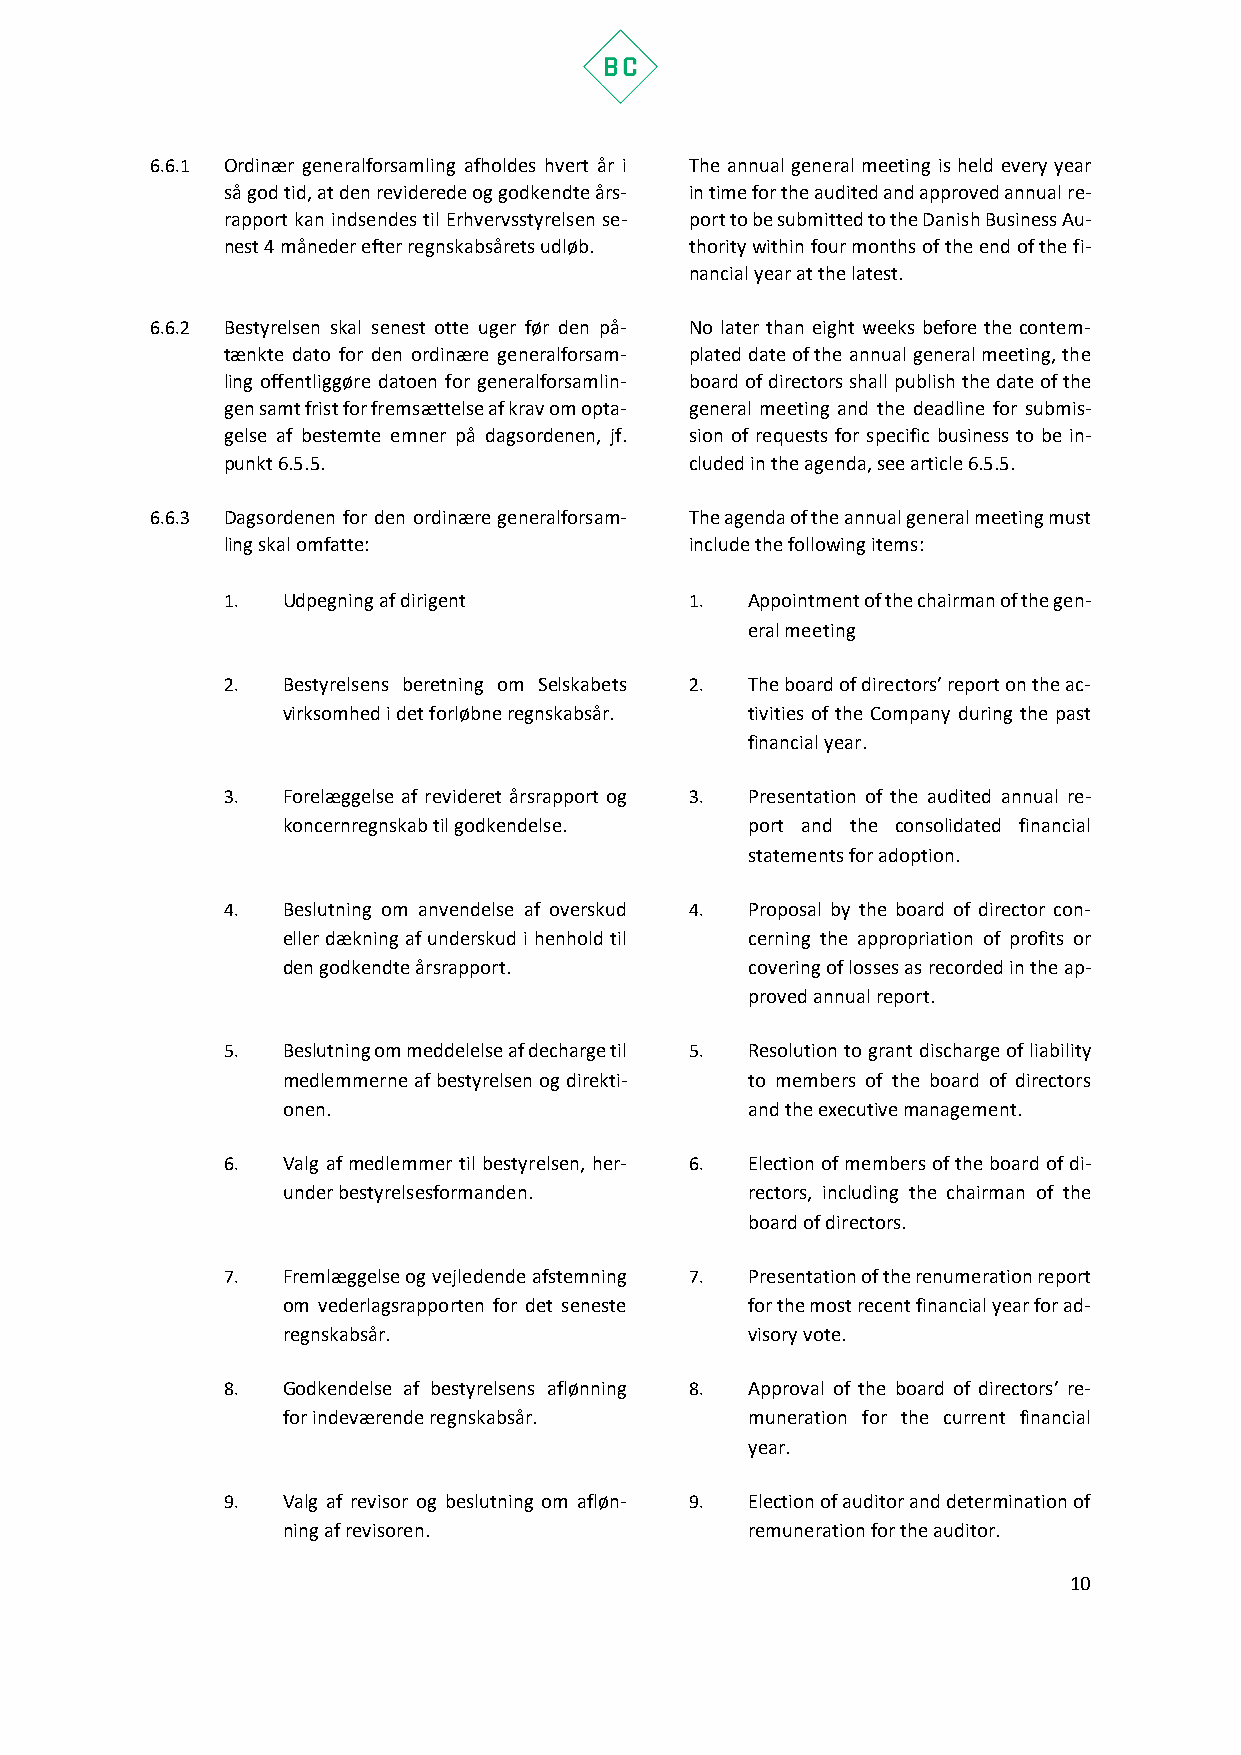
6.6.1 Ordinær generalforsamling afholdes hvert år i The annual general meeting is held every year
 så god tid, at den reviderede og godkendte års- in time for the audited and approved annual re-
 rapport kan indsendes til Erhvervsstyrelsen se- port to be submitted to the Danish Business Au-
 nest 4 måneder efter regnskabsårets udløb. thority within four months of the end of the fi-
 nancial year at the latest.
 6.6.2 Bestyrelsen skal senest otte uger før den på- No later than eight weeks before the contem-
 tænkte dato for den ordinære generalforsam- plated date of the annual general meeting, the
 ling offentliggøre datoen for generalforsamlin- board of directors shall publish the date of the
 gen samt frist for fremsættelse af krav om opta- general meeting and the deadline for submis-
 gelse af bestemte emner på dagsordenen, jf. sion of requests for specific business to be in-
 punkt 6.5.5.                   cluded in the agenda, see article 6.5.5.
 6.6.3 Dagsordenen for den ordinære generalforsam- The agenda of the annual general meeting must
 ling skal omfatte:             include the following items:
 1.  Udpegning af dirigent      1.  Appointment of the chairman of the gen-
 eral meeting
 2.  Bestyrelsens beretning om Selskabets 2. The board of directors’ report on the ac-
 virksomhed i det forløbne regnskabsår. tivities of the Company during the past
 financial year.
 3.  Forelæggelse af revideret årsrapport og 3. Presentation of the audited annual re-
 koncernregnskab til godkendelse. port and the consolidated financial
 statements for adoption.
 4.  Beslutning om anvendelse af overskud 4. Proposal by the board of director con-
 eller dækning af underskud i henhold til cerning the appropriation of profits or
 den godkendte årsrapport.      covering of losses as recorded in the ap-
 proved annual report.
 5.  Beslutning om meddelelse af decharge til 5. Resolution to grant discharge of liability
 medlemmerne af bestyrelsen og direkti- to members of the board of directors
 onen.                          and the executive management.
 6.  Valg af medlemmer til bestyrelsen, her- 6. Election of members of the board of di-
 under bestyrelsesformanden.    rectors, including the chairman of the
 board of directors.
 7.  Fremlæggelse og vejledende afstemning 7. Presentation of the renumeration report
 om vederlagsrapporten for det seneste for the most recent financial year for ad-
 regnskabsår.                   visory vote.
 8.  Godkendelse af bestyrelsens aflønning 8. Approval of the board of directors’ re-
 for indeværende regnskabsår.   muneration for the current financial
 year.
 9.  Valg af revisor og beslutning om afløn- 9. Election of auditor and determination of
 ning af revisoren.             remuneration for the auditor.
 10